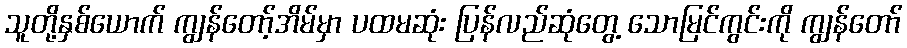
သူတို့နှစ်ယောက် ကျွန်တော့်အိမ်မှာ ပထမဆုံး ပြန်လည်ဆုံတွေ့ သောမြင်ကွင်းကို ကျွန်တော်